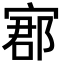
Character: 𡩫